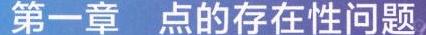
第一章 点的存在性问题